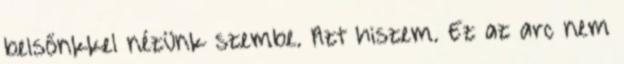
belsőnkkel nézünk szembe. Azt hiszem. Ez az arc nem